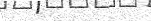
-